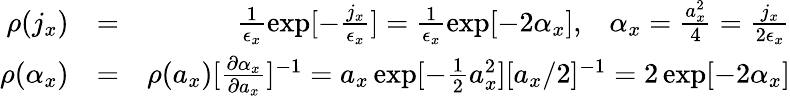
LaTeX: \begin{array}{rlr}{\rho(j_{x})}&{=}&{\frac{1}{\epsilon_{x}}\exp[-\frac{j_{x}}{\epsilon_{x}}]=\frac{1}{\epsilon_{x}}\exp[-2\alpha_{x}],\; \; \; \alpha_{x}=\frac{a_{x}^{2}}{4}=\frac{j_{x}}{2\epsilon_{x}}}\\ {\rho(\alpha_{x})}&{=}&{\rho(a_{x})[\frac{\partial\alpha_{x}}{\partial a_{x}}]^{-1}=a_{x}\exp[-\frac{1}{2}a_{x}^{2}][a_{x}/2]^{-1}=2\exp[-2\alpha_{x}]}\end{array}